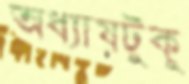
অধ্যায়টুকু